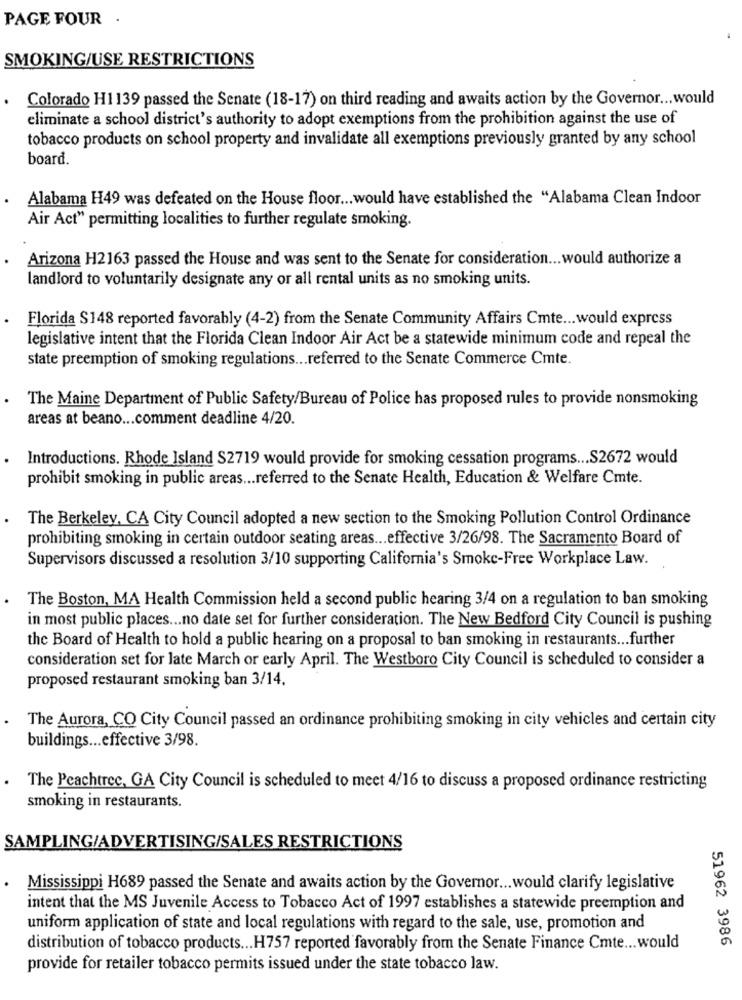
PAGE FOUR .
SMOKING/USE RESTRICTIONS
.
Colorado H1139 passed the Senate (18-17) on third reading and awaits action by the Governor ... would
eliminate a school district's authority to adopt exemptions from the prohibition against the use of
tobacco products on school property and invalidate all exemptions previously granted by any school
board.
Alabama H49 was defeated on the House floor ... would have established the "Alabama Clean Indoor
Air Act" permitting localities to further regulate smoking.
Arizona H2163 passed the House and was sent to the Senate for consideration ... would authorize a
landlord to voluntarily designate any or all rental units as no smoking units.
Florida $148 reported favorably (4-2) from the Senate Community Affairs Cmte ... would express
legislative intent that the Florida Clean Indoor Air Act be a statewide minimum code and repeal the
state preemption of smoking regulations ... referred to the Senate Commerce Cmte.
The Maine Department of Public Safety/Bureau of Police has proposed rules to provide nonsmoking
areas at beano ... comment deadline 4/20.
Introductions. Rhode Island S2719 would provide for smoking cessation programs ... S2672 would
prohibit smoking in public areas ... referred to the Senate Health, Education & Welfare Cmte.
The Berkeley, CA City Council adopted a new section to the Smoking Pollution Control Ordinance
prohibiting smoking in certain outdoor seating areas ... effective 3/26/98. The Sacramento Board of
Supervisors discussed a resolution 3/10 supporting California's Smoke-Free Workplace Law.
The Boston, MA Health Commission held a second public hearing 3/4 on a regulation to ban smoking
in most public places ... no date set for further consideration. The New Bedford City Council is pushing
the Board of Health to hold a public hearing on a proposal to ban smoking in restaurants ... further
consideration set for late March or early April. The Westboro City Council is scheduled to consider a
proposed restaurant smoking ban 3/14.
The Aurora, CO City Council passed an ordinance prohibiting smoking in city vehicles and certain city
buildings ... effective 3/98.
The Peachtree, GA City Council is scheduled to meet 4/16 to discuss a proposed ordinance restricting
smoking in restaurants.
SAMPLING/ADVERTISING/SALES RESTRICTIONS
Mississippi H689 passed the Senate and awaits action by the Governor ... would clarify legislative
intent that the MS Juvenile Access to Tobacco Act of 1997 establishes a statewide preemption and
uniform application of state and local regulations with regard to the sale, use, promotion and
51962 3986
distribution of tobacco products ... H757 reported favorably from the Senate Finance Cmte ... would
provide for retailer tobacco permits issued under the state tobacco law.